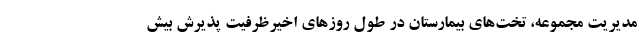
مدیریت مجموعه، تخت‌های بیمارستان در طول روز‌های اخیرظرفیت پذیرش بیش